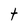
Character: t